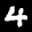
Label: 4